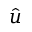
\hat { \boldsymbol { u } }